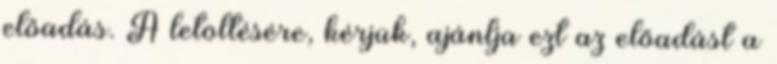
előadás. A letöltésére, kérjük, ajánlja ezt az előadást a